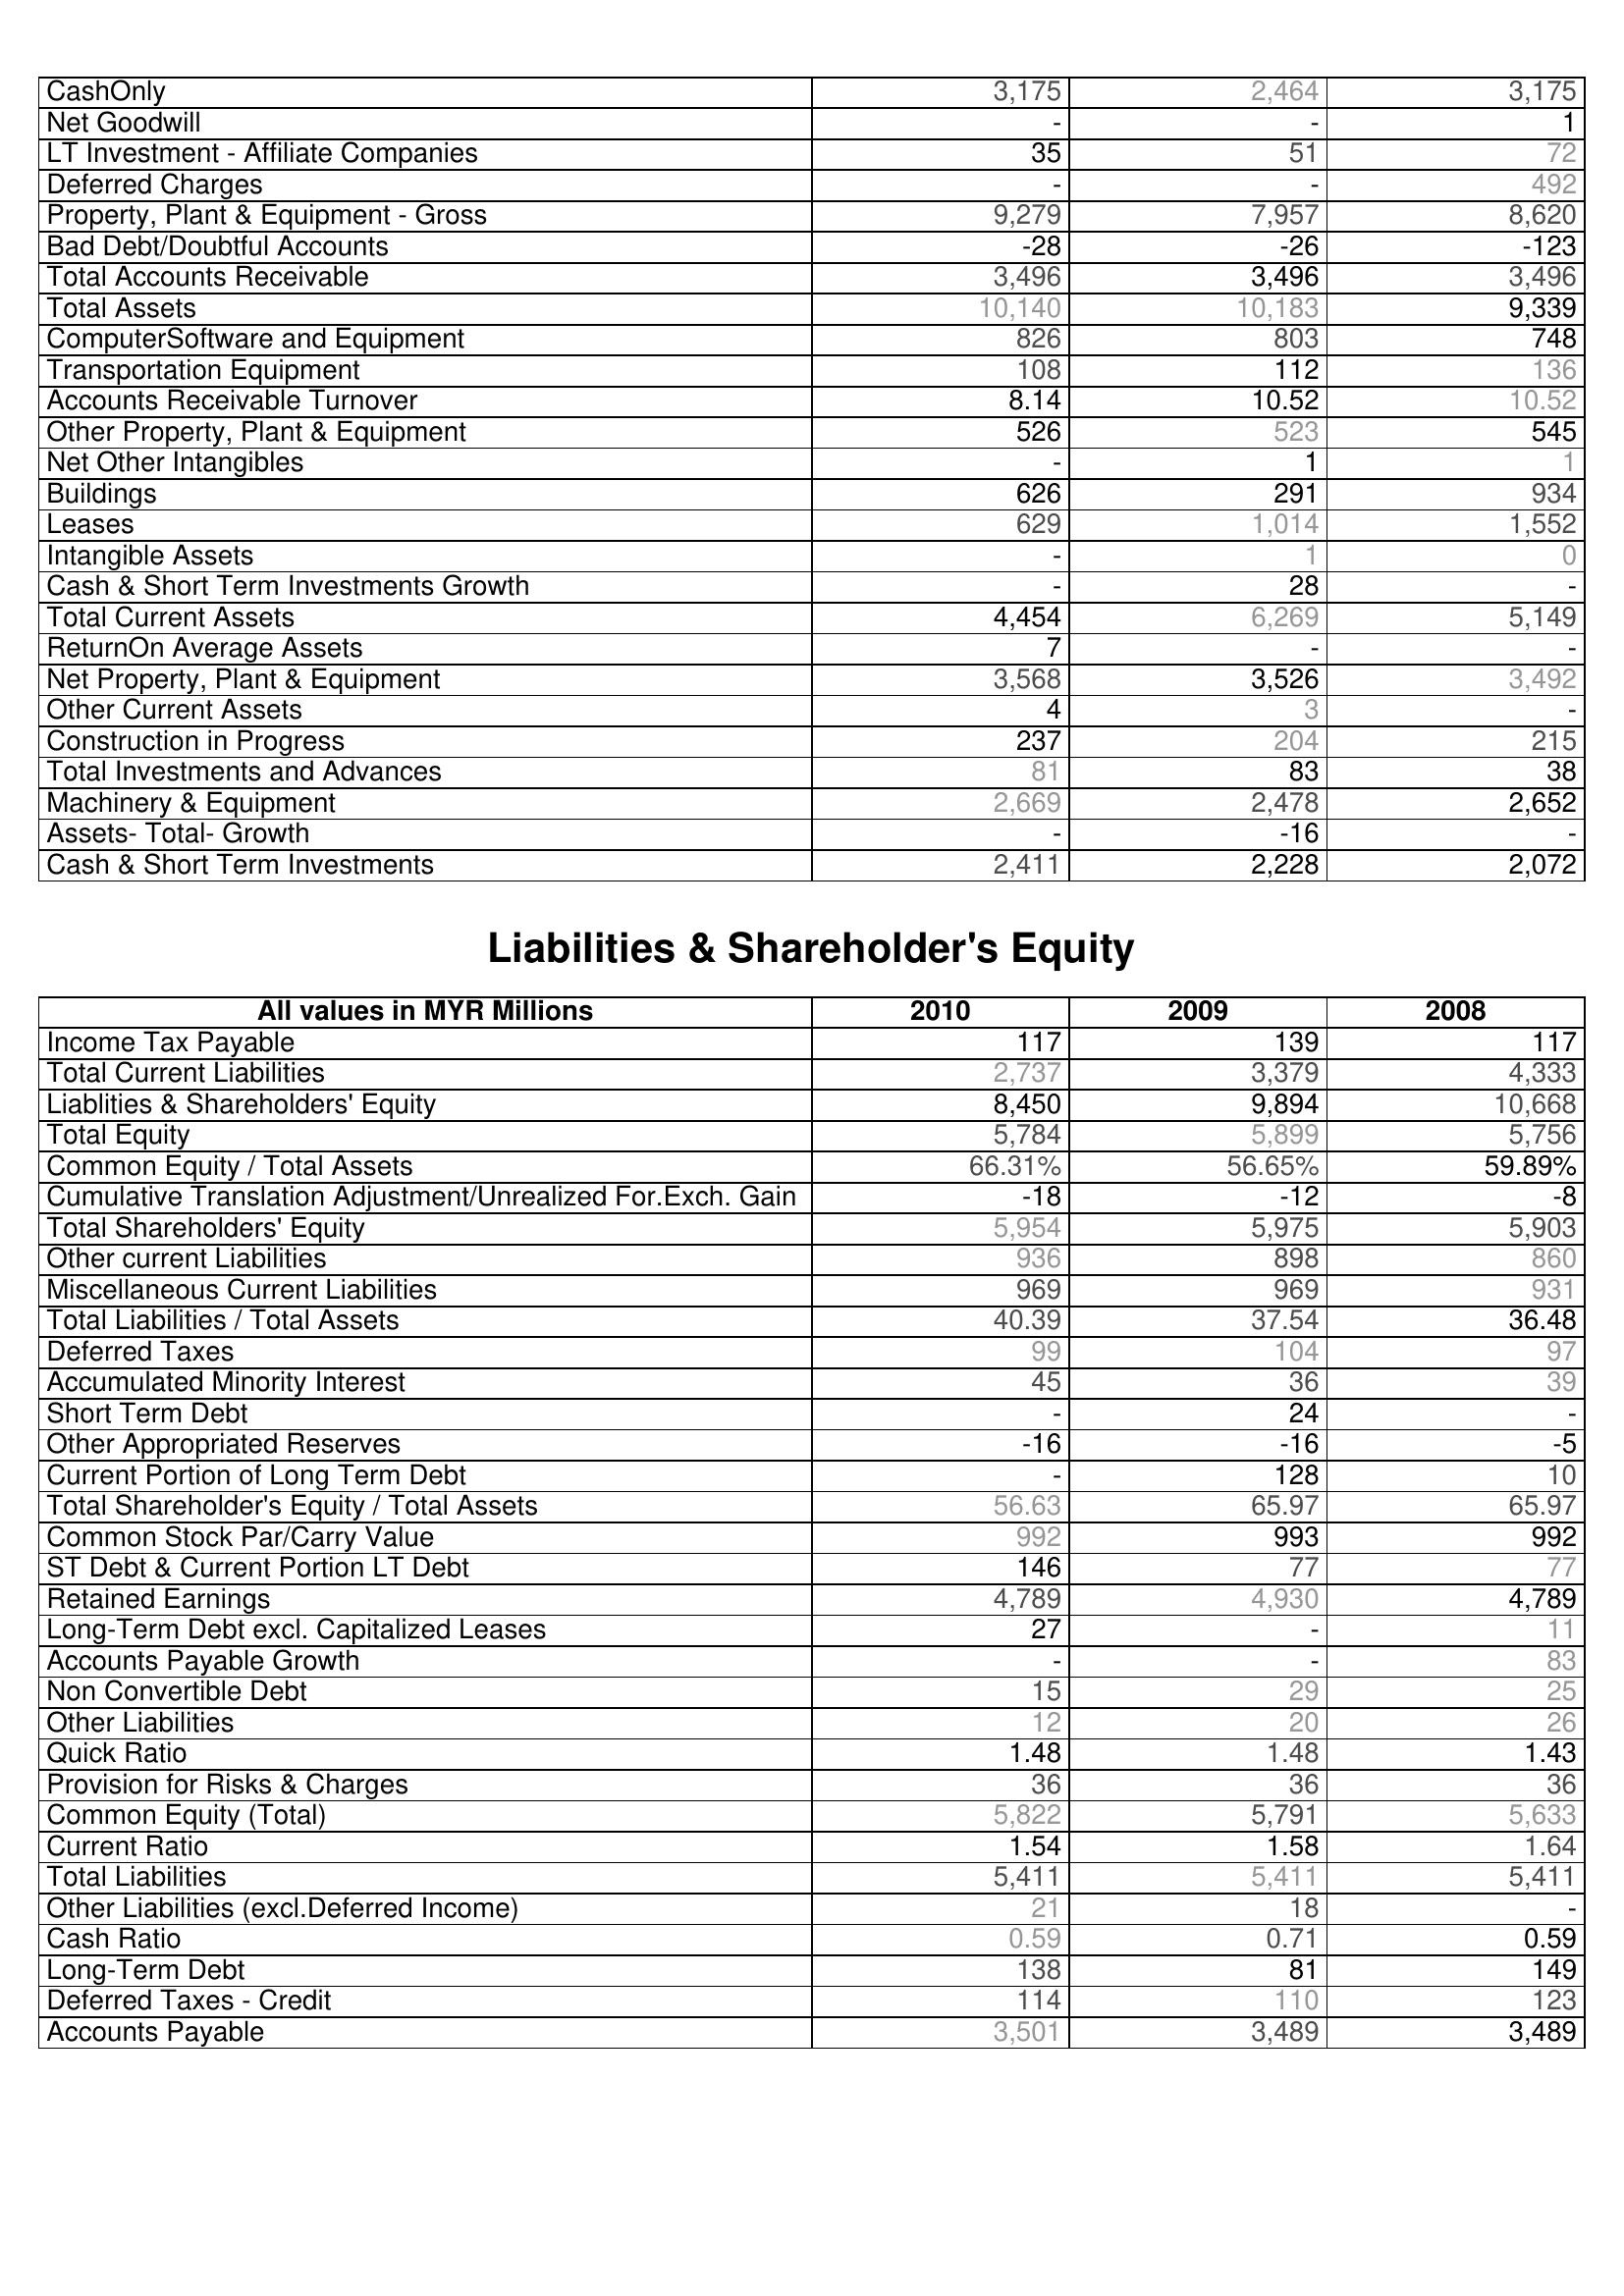
2010: Assets: CashOnly: 3,175
Net Goodwill: -
LT Investment - Affiliate Companies: 35
Deferred Charges: -
Property, Plant & Equipment - Gross : 9,279
Bad Debt/Doubtful Accounts: -28
Total Accounts Receivable: 3,496
Total Assets: 10,140
ComputerSoftware and Equipment: 826
Transportation Equipment: 108
Accounts Receivable Turnover: 8.14
Other Property, Plant & Equipment: 526
Net Other Intangibles: -
Buildings: 626
Leases: 629
Intangible Assets: -
Cash & Short Term Investments Growth: -
Total Current Assets: 4,454
ReturnOn Average Assets: 7
Net Property, Plant & Equipment: 3,568
Other Current Assets: 4
Construction in Progress: 237
Total Investments and Advances: 81
Machinery & Equipment: 2,669
Assets- Total- Growth: -
Cash & Short Term Investments: 2,411
Liabilities & Shareholder's Equity: Income Tax Payable: 117
Total Current Liabilities: 2,737
Liablities & Shareholders' Equity: 8,450
Total Equity: 5,784
Common Equity / Total Assets: 66.31%
Cumulative Translation Adjustment/Unrealized For.Exch. Gain: -18
Total Shareholders' Equity: 5,954
Other current Liabilities: 936
Miscellaneous Current Liabilities: 969
Total Liabilities / Total Assets: 40.39
Deferred Taxes: 99
Accumulated Minority Interest: 45
Short Term Debt: -
Other Appropriated Reserves: -16
Current Portion of Long Term Debt: -
Total Shareholder's Equity / Total Assets: 56.63
Common Stock Par/Carry Value: 992
ST Debt & Current Portion LT Debt: 146
Retained Earnings: 4,789
Long-Term Debt excl. Capitalized Leases: 27
Accounts Payable Growth: -
Non Convertible Debt: 15
Other Liabilities: 12
Quick Ratio: 1.48
Provision for Risks & Charges: 36
Common Equity (Total): 5,822
Current Ratio: 1.54
Total Liabilities: 5,411
Other Liabilities (excl.Deferred Income): 21
Cash Ratio: 0.59
Long-Term Debt: 138
Deferred Taxes - Credit: 114
Accounts Payable: 3,501
2009: Assets: CashOnly: 2,464
Net Goodwill: -
LT Investment - Affiliate Companies: 51
Deferred Charges: -
Property, Plant & Equipment - Gross : 7,957
Bad Debt/Doubtful Accounts: -26
Total Accounts Receivable: 3,496
Total Assets: 10,183
ComputerSoftware and Equipment: 803
Transportation Equipment: 112
Accounts Receivable Turnover: 10.52
Other Property, Plant & Equipment: 523
Net Other Intangibles: 1
Buildings: 291
Leases: 1,014
Intangible Assets: 1
Cash & Short Term Investments Growth: 28
Total Current Assets: 6,269
ReturnOn Average Assets: -
Net Property, Plant & Equipment: 3,526
Other Current Assets: 3
Construction in Progress: 204
Total Investments and Advances: 83
Machinery & Equipment: 2,478
Assets- Total- Growth: -16
Cash & Short Term Investments: 2,228
Liabilities & Shareholder's Equity: Income Tax Payable: 139
Total Current Liabilities: 3,379
Liablities & Shareholders' Equity: 9,894
Total Equity: 5,899
Common Equity / Total Assets: 56.65%
Cumulative Translation Adjustment/Unrealized For.Exch. Gain: -12
Total Shareholders' Equity: 5,975
Other current Liabilities: 898
Miscellaneous Current Liabilities: 969
Total Liabilities / Total Assets: 37.54
Deferred Taxes: 104
Accumulated Minority Interest: 36
Short Term Debt: 24
Other Appropriated Reserves: -16
Current Portion of Long Term Debt: 128
Total Shareholder's Equity / Total Assets: 65.97
Common Stock Par/Carry Value: 993
ST Debt & Current Portion LT Debt: 77
Retained Earnings: 4,930
Long-Term Debt excl. Capitalized Leases: -
Accounts Payable Growth: -
Non Convertible Debt: 29
Other Liabilities: 20
Quick Ratio: 1.48
Provision for Risks & Charges: 36
Common Equity (Total): 5,791
Current Ratio: 1.58
Total Liabilities: 5,411
Other Liabilities (excl.Deferred Income): 18
Cash Ratio: 0.71
Long-Term Debt: 81
Deferred Taxes - Credit: 110
Accounts Payable: 3,489
2008: Assets: CashOnly: 3,175
Net Goodwill: 1
LT Investment - Affiliate Companies: 72
Deferred Charges: 492
Property, Plant & Equipment - Gross : 8,620
Bad Debt/Doubtful Accounts: -123
Total Accounts Receivable: 3,496
Total Assets: 9,339
ComputerSoftware and Equipment: 748
Transportation Equipment: 136
Accounts Receivable Turnover: 10.52
Other Property, Plant & Equipment: 545
Net Other Intangibles: 1
Buildings: 934
Leases: 1,552
Intangible Assets: 0
Cash & Short Term Investments Growth: -
Total Current Assets: 5,149
ReturnOn Average Assets: -
Net Property, Plant & Equipment: 3,492
Other Current Assets: -
Construction in Progress: 215
Total Investments and Advances: 38
Machinery & Equipment: 2,652
Assets- Total- Growth: -
Cash & Short Term Investments: 2,072
Liabilities & Shareholder's Equity: Income Tax Payable: 117
Total Current Liabilities: 4,333
Liablities & Shareholders' Equity: 10,668
Total Equity: 5,756
Common Equity / Total Assets: 59.89%
Cumulative Translation Adjustment/Unrealized For.Exch. Gain: -8
Total Shareholders' Equity: 5,903
Other current Liabilities: 860
Miscellaneous Current Liabilities: 931
Total Liabilities / Total Assets: 36.48
Deferred Taxes: 97
Accumulated Minority Interest: 39
Short Term Debt: -
Other Appropriated Reserves: -5
Current Portion of Long Term Debt: 10
Total Shareholder's Equity / Total Assets: 65.97
Common Stock Par/Carry Value: 992
ST Debt & Current Portion LT Debt: 77
Retained Earnings: 4,789
Long-Term Debt excl. Capitalized Leases: 11
Accounts Payable Growth: 83
Non Convertible Debt: 25
Other Liabilities: 26
Quick Ratio: 1.43
Provision for Risks & Charges: 36
Common Equity (Total): 5,633
Current Ratio: 1.64
Total Liabilities: 5,411
Other Liabilities (excl.Deferred Income): -
Cash Ratio: 0.59
Long-Term Debt: 149
Deferred Taxes - Credit: 123
Accounts Payable: 3,489